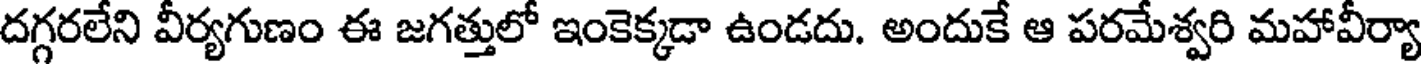
దగ్గరలేని వీర్యగుణం ఈ జగత్తులో ఇంకెక్కడా ఉండదు. అందుకే ఆ పరమేశ్వరి మహావీర్యా